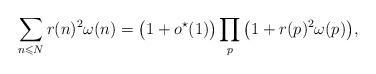
LaTeX: \begin{align*}\sum_{n\leqslant N}r(n)^2\omega(n)=\big(1+o^{\star}(1)\big)\prod_p\big(1+r(p)^2\omega(p)\big),\end{align*}